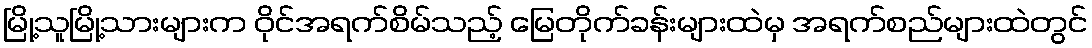
မြို့သူမြို့သားများက ဝိုင်အရက်စိမ်သည့် မြေတိုက်ခန်းများထဲမှ အရက်စည်များထဲတွင်